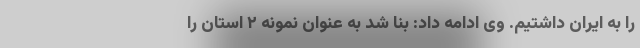
را به ایران داشتیم. وی ادامه داد: بنا شد به عنوان نمونه ۲ استان را